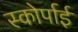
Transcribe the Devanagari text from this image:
स्कोर्पाई